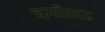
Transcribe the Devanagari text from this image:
बग्यीदाऊ